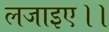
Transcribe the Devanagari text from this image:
लजाइए।।